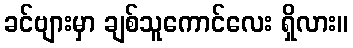
ခင်ဗျားမှာ ချစ်သူကောင်လေး ရှိလား။